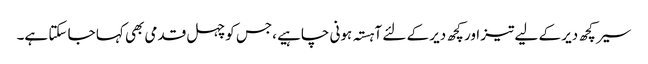
سیر کچھ دیر کے لیے تیز اور کچھ دیر کے لئے آہستہ ہونی چاہیے ،جس کو چہل قدمی بھی کہا جا سکتا ہے۔